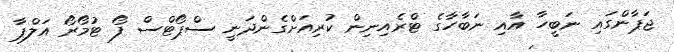
ޖަޕާންގައި ނަބީހާ އާއި ނަބާހާގެ ޓްރެއިނިން ކުރިއަށްގެންދަނީ ސްޕޯޓްސް ފޯ ޓުމޯރޯ އަލްޕާ